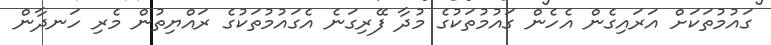
ގައުމުތަކަށް އަރައިގެން އެހެން ގައުމުތަކުގެ މުދާ ފޭރިގަނެ އެގައުމުތަކުގެ ރައްޔިތުން މެރި ހަނދާން